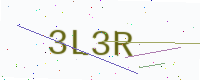
Text: 3L3R